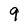
Character: 9